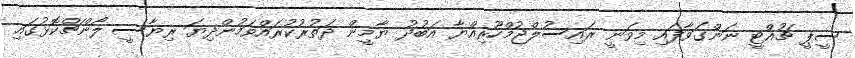
ސީޕީ ޗުއްޓީ ނަންގަވާފައި މިވަނީ ރައިސުލްޖުމްހޫރިއްޔާ އަބުދު ޔާމީން ދަތުރުކުރައްވަމުންދިޔަ ރިޔާސީ ލޯންޗްކޮޅުގައި